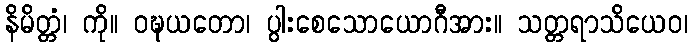
နိမိတ္တံ၊ ကို။ ဝဍ္ဎယတော၊ ပွါးစေသောယောဂီအား။ သတ္တရာသိယေဝ၊